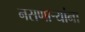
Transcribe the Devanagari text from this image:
नसणाऱ्यांना